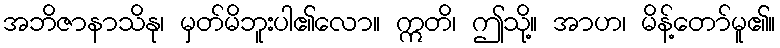
အဘိဇာနာသိနု၊ မှတ်မိဘူးပါ၏လော။ ဣတိ၊ ဤသို့။ အာဟ၊ မိန့်တော်မူ၏။